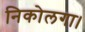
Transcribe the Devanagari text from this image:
निकोलगा।